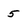
Character: 5